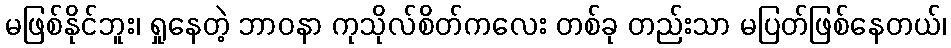
မဖြစ်နိုင်ဘူး၊ ရှုနေတဲ့ ဘာဝနာ ကုသိုလ်စိတ်ကလေး တစ်ခု တည်းသာ မပြတ်ဖြစ်နေတယ်၊